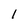
Character: 1